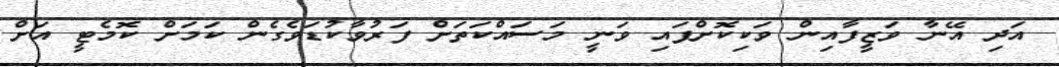
އަދި އޭނާ ވަޒީފާއިން ވަކިކޮށްފައި ވަނީ މަސައްކަތަށް ފަރުވާކުޑަވެގެން ކަމަށް ކޮމެޓީ އަށް